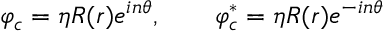
\varphi _ { c } = \eta R ( r ) e ^ { i n \theta } , \qquad \varphi _ { c } ^ { \ast } = \eta R ( r ) e ^ { - i n \theta }